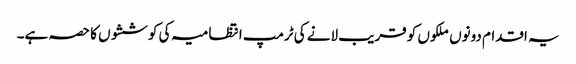
یہ اقدام دونوں ملکوں کو قریب لانے کی ٹرمپ انتظامیہ کی کوششوں کا حصہ ہے۔